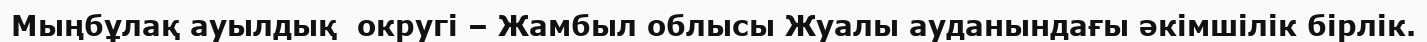
Мыңбұлақ ауылдық  округі – Жамбыл облысы Жуалы ауданындағы әкімшілік бірлік.